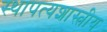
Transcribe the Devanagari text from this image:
स्थापत्यशास्त्रीय